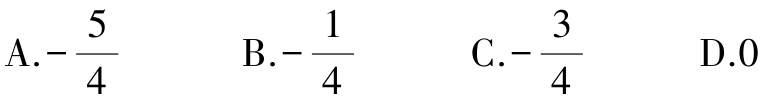
A.$-\frac{5}{4}$  B.$-\frac{1}{4}$  C.$-\frac{3}{4}$  D.$0$